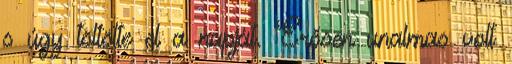
s úgy töltötte el a napját. Erősen unalmas volt